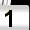
Digit: 1